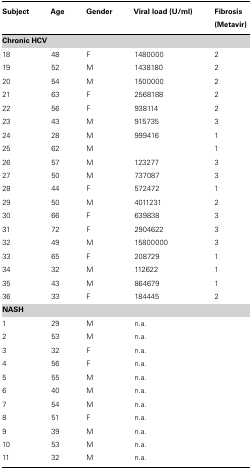
| Subject | Age | Gender | Viral load (U/ml) | Fibrosis (Metavir) |
 | --- | --- | --- | --- | --- |
 | <COLSPAN=5> Chronic HCV |
 | 18 | 48 | F | 1480000 | 2 |
 | 19 | 52 | M | 1438180 | 2 |
 | 20 | 54 | M | 1500000 | 2 |
 | 21 | 63 | F | 2568188 | 2 |
 | 22 | 56 | F | 938114 | 2 |
 | 23 | 43 | M | 915735 | 3 |
 | 24 | 28 | M | 999416 | 1 |
 | 25 | 62 | M |  | 1 |
 | 26 | 57 | M | 123277 | 3 |
 | 27 | 50 | M | 737087 | 3 |
 | 28 | 44 | F | 572472 | 1 |
 | 29 | 50 | M | 4011231 | 2 |
 | 30 | 66 | F | 639838 | 3 |
 | 31 | 72 | F | 2904622 | 3 |
 | 32 | 49 | M | 15800000 | 3 |
 | 33 | 65 | F | 208729 | 1 |
 | 34 | 32 | M | 112622 | 1 |
 | 35 | 43 | M | 864679 | 1 |
 | 36 | 33 | F | 184445 | 2 |
 | <COLSPAN=5> NASH |
 | 1 | 29 | M | n.a. |  |
 | 2 | 53 | M | n.a. |  |
 | 3 | 32 | F | n.a. |  |
 | 4 | 56 | F | n.a. |  |
 | 5 | 55 | M | n.a. |  |
 | 6 | 40 | M | n.a. |  |
 | 7 | 54 | M | n.a. |  |
 | 8 | 51 | F | n.a. |  |
 | 9 | 39 | M | n.a. |  |
 | 10 | 53 | M | n.a. |  |
 | 11 | 32 | M | n.a. |  |